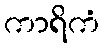
ကာရိကံ